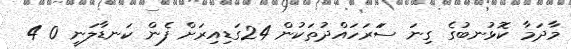
މާދަމާ ކޮޅުނބުގެ ގިނަ ސަަރަހައްދުތަކުން 24ގަޑިއިރަށް ފެން ކަނޑާލަނީ 0 4